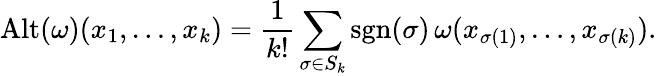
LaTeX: \operatorname{Alt}(\omega)(x_{1},\ldots,x_{k})={\frac{1}{k!}}\sum_{\sigma\in S_{k}}\operatorname{sgn}(\sigma)\, \omega(x_{\sigma(1)},\ldots,x_{\sigma(k)}).